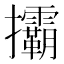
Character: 𢺞